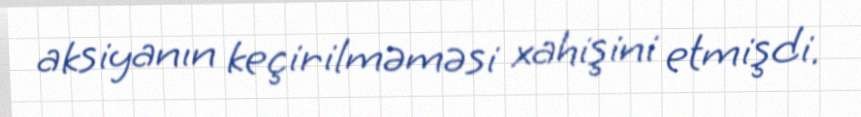
aksiyanın keçirilməməsi xahişini etmişdi.